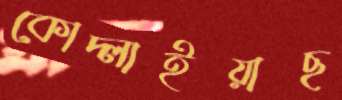
কোদ্‌লাইয়াছ